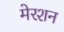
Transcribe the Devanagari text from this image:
मेरशन